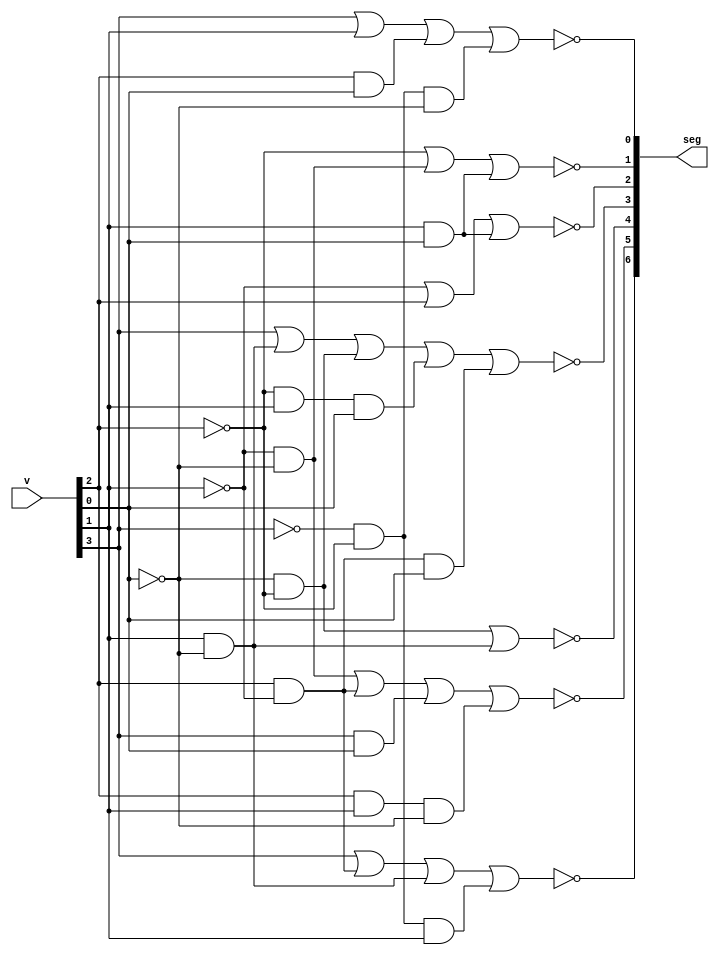
`timescale 1ns / 1ps
//////////////////////////////////////////////////////////////////////////////////
// Company: Carleton University
// 
// Module Name: bcdto7segment_dataflow
// Project Name: Egg Timer
// Target Devices: NEXYS A7 100 T
// Tool Versions: 
// Description: configure the anode pins in the seven segment display for each digit from 0 - 9
// 
// Dependencies: 
// 
// Revision:
// Revision 0.01 - File Created
// Additional Comments:
// 
//////////////////////////////////////////////////////////////////////////////////



module bcdto7segment_dataflow(
    input [3:0] v,
    output [6:0] seg
    );
    
     /*
         instances the anodes in the seven segment display for each number from  0 to 9
      */     
     wire a,b,c,d;
     
     assign a = v[3];
     assign b = v[2];
     assign c = v[1];
     assign d = v[0];
     
      assign seg[0] = ~(a|c|(b&d)|(~a&~b&~d));
      assign seg[1] = ~(~b|(~c&~d)|(c&d));
      assign seg[2] = ~(~c|b|(c&d));
      assign seg[3] = ~(a|(c&~d)|(~d&~b)|(~b&c&d)|(b&~c&d));
      assign seg[4] = ~((~b&~d)|(c&~d));
      assign seg[5] = ~((~c&~d)|(b&~c)|(a&d)|(b&c&~d));
      assign seg[6] = ~(a|(b&~c)|(c&~d)|(~a&~b&c));
  
endmodule